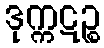
ဒုက္ကဋဉ္စ